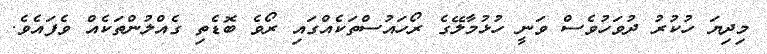
މިދިޔަ ހުކުރު ދުވަހުވެސް ވަނީ ހުޅުމާލޭގެ ރޯހައުސްތަކެއްގައި ރޯވެ ބޮޑެތި ގެއްލުންތަކެއް ވެފައެވެ.